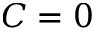
C = 0